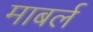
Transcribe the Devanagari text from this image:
माबर्ल